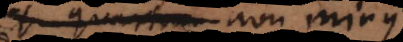
et quartum non minus